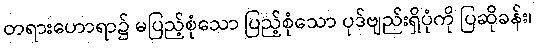
တရားဟောရာ၌ မပြည့်စုံသော ပြည့်စုံသော ပုဒ်ဗျည်းရှိပုံကို ပြဆိုခန်း၊